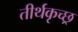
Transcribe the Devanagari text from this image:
तीर्थकृच्छ्र